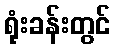
ရုံးခန်းတွင်